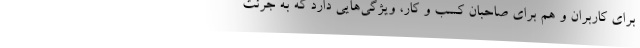
برای کاربران و هم برای صاحبان کسب و کار، ویژگی‌هایی دارد که به جرئت